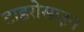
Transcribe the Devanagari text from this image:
टाइरोसाइन